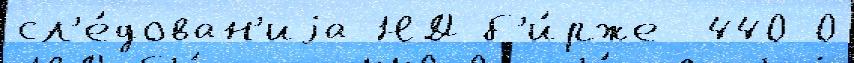
сл'е́дован'иjа НД б'и́рже -440-0